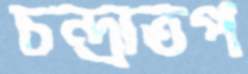
চন্দ্রাতপ